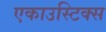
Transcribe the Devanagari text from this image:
एकाउस्टिक्स